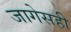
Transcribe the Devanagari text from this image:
जागेसही